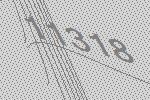
11318